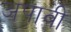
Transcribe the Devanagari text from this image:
अपावी